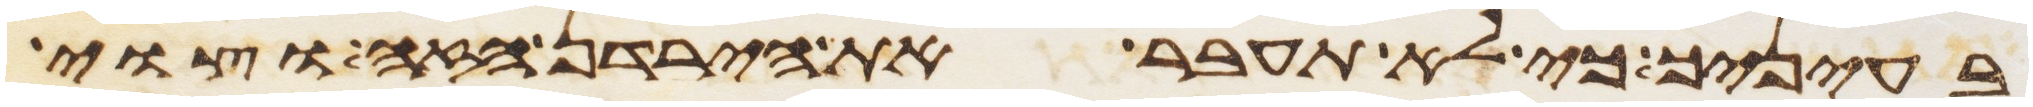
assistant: בעיניך כי לא תעבר את הירדן הזה וצוי